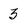
Character: 3